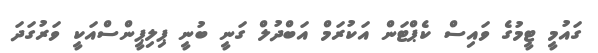
ގައުމީ ޓީމުގެ ވައިސް ކެޕްޓަން އަކުރަމް އަބްދުލް ގަނީ ބުނީ ޕިލިޕީންސްއަކީ ވަރުގަދަ